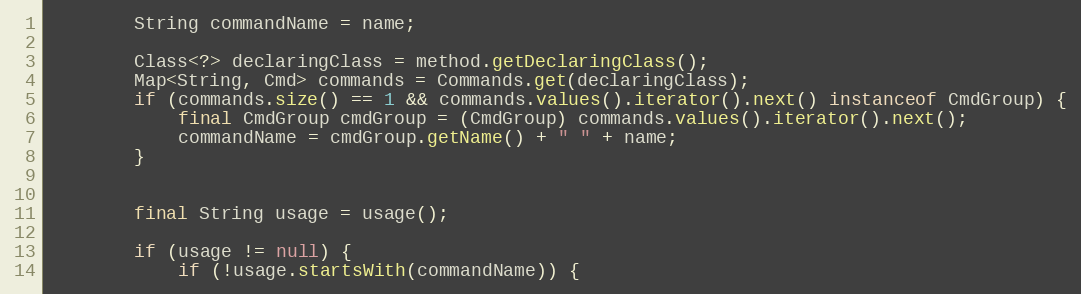
Language: Java
        String commandName = name;

        Class<?> declaringClass = method.getDeclaringClass();
        Map<String, Cmd> commands = Commands.get(declaringClass);
        if (commands.size() == 1 && commands.values().iterator().next() instanceof CmdGroup) {
            final CmdGroup cmdGroup = (CmdGroup) commands.values().iterator().next();
            commandName = cmdGroup.getName() + " " + name;
        }

        final String usage = usage();

        if (usage != null) {
            if (!usage.startsWith(commandName)) {